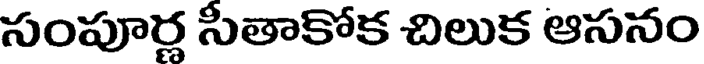
సంపూర్ల సీతాకోక చిలుక ఆసనం